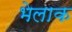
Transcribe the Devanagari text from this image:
भेलाक